Annual report on the Civil Veterinary Department, Burma (including the Insein Veterinary School) - 1923-1931
Year: 1923
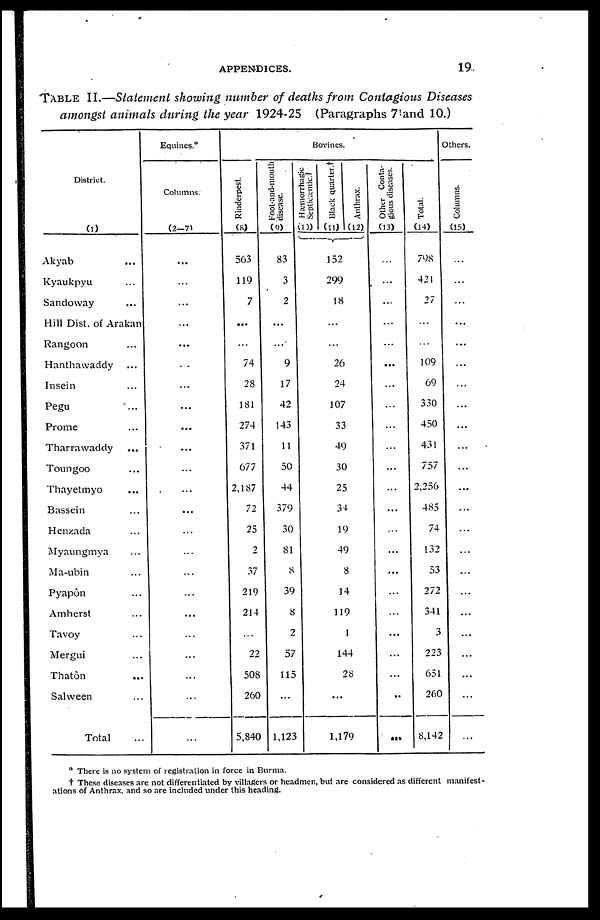
APPENDICES.
19
TABLE II.—Statement showing number of deaths from Contagious Diseases
amongst animals during the year 1924-25 (Paragraphs 7 and 10.)
District.
(1)
Akyab ...
Kyaukpyu ...
Sandoway ...
Hill Dist. of Arakan
Rangoon ...
Hanthawaddy ...
Insein ...
Pegu ...
Prome ...
Tharrawaddy ...
Toungoo ...
Thayetmyo ...
Bassein ...
Henzada ...
Myaungmya ...
Ma-ubin ...
Pyapôn ...
Amherst ...
Tavoy ...
Mergui ...
Thatôn
...
Salween ...
Total ...
Equines.*
Columns.
(2—7)
...
...
...
...
...
...
...
...
...
...
...
...
...
...
...
...
...
...
...
...
...
...
...
Bovines.
Rinderpest.
(8)
563
119
7
...
...
74
28
181
274
371
677
2,187
72
25
2
37
219
214
...
22
508
260
5,840
Foot-and-mouth
disease.
(9)
83
3
2
...
...
9
17
42
143
11
50
44
379
30
81
8
39
8
2
57
115
...
1,123
Hemorrhagic
Septicæmia.†
(10)
Black quarter.†
(11)
152
299
18
...
...
26
24
107
33
49
30
25
34
19
49
8
14
119
1
Anthrax.
[12)
144
28
...
1,179
Other Conta-
gious diseases.
(13)
...
...
...
...
...
...
...
...
...
...
...
...
...
...
...
...
...
...
...
...
...
..
...
Total.
(14)
798
421
27
...
...
109
69
330
450
431
757
2,256
485
74
132
53
272
341
3
223
651
260
8,142
Others.
Columns.
(15).
...
...
...
...
...
...
...
...
...
...
...
...
...
...
...
...
...
...
...
...
...
...
...
* There is no system of registration in force in Burma.
† These diseases are not differentiated by villagers or headmen, but are considered as different manifest-
ations of Anthrax, and so are included under this heading.